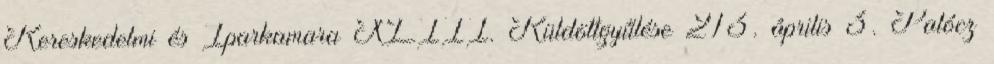
Kereskedelmi és Iparkamara XLIII. Küldöttgyűlése 213. április 3. Palócz